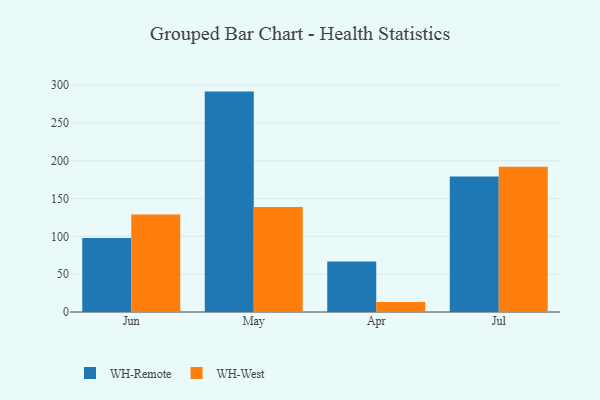
{"axis": {"x": "Month", "y": "Waste Production (Tons)"}, "legend": ["WH-Remote", "WH-West"], "data": [{"x": "Jun", "y": 97.7, "type": "WH-Remote"}, {"x": "Jun", "y": 128.8, "type": "WH-West"}, {"x": "May", "y": 291.4, "type": "WH-Remote"}, {"x": "May", "y": 138.8, "type": "WH-West"}, {"x": "Apr", "y": 66.7, "type": "WH-Remote"}, {"x": "Apr", "y": 13.3, "type": "WH-West"}, {"x": "Jul", "y": 179.1, "type": "WH-Remote"}, {"x": "Jul", "y": 192.1, "type": "WH-West"}]}